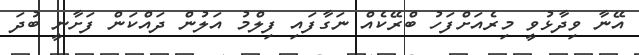
އޭނާ ވިދާޅުވީ މިރެއަށްފަހު ބްރޭކެއް ނަގާފައި ފިލްމު އަލުން ދައްކަން ފަށާނީ ބުދަ